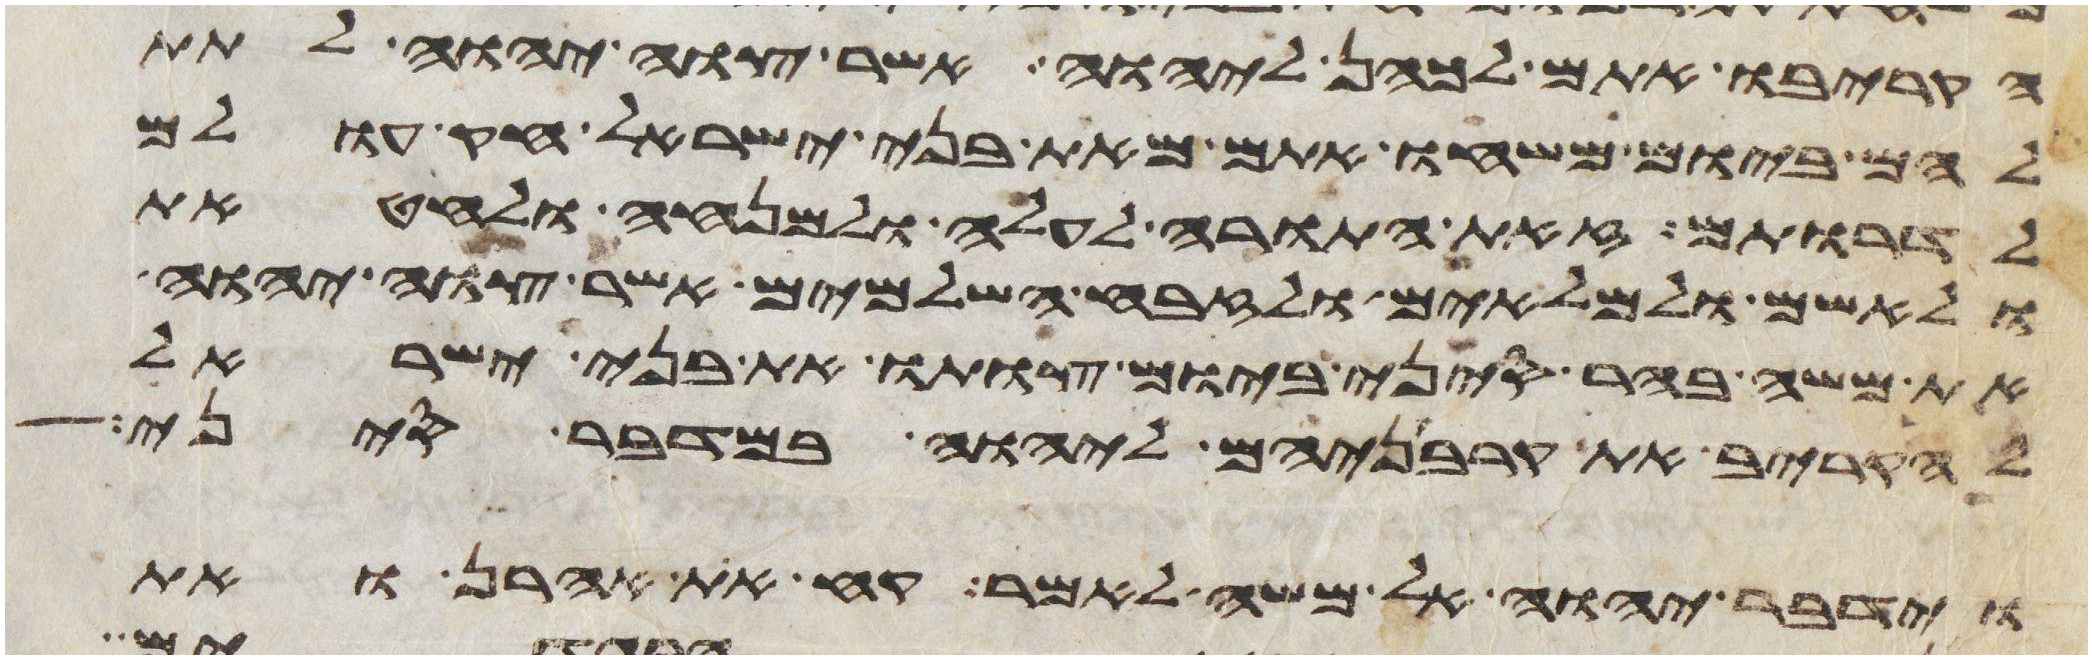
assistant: הקריבו אתם לכהן ליהוה אשר צוה יהוה לתת
להם ביום משחו אתם מאת בני ישראל חק עולם
לדרותם זאת התורה לעלה ולמנחה ולחטאת
ולאשם ולמלאים ולזבח השלמים אשר צוה יהוה
את משה בהר סיני ביום צותו את בני ישראל
להקריב את קרבניהם ליהוה במדבר סיני
וידבר יהוה אל משה לאמר קח את אהרן ואת